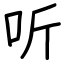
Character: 听